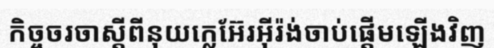
កិច្ចចរចាស្តីពីនុយក្លេអ៊ែរអ៊ីរ៉ង់ចាប់ផ្តើមឡើងវិញ